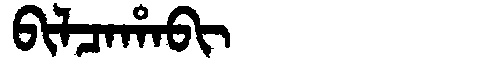
Manchu: ᠪᡳᠯᠴᠠᡥᠠᠪᡳ
Romanization: BILCAHABI